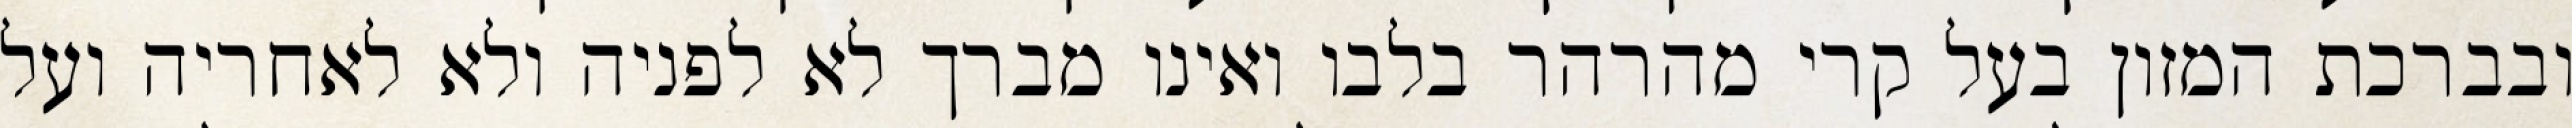
ובברכת המזון בעל קרי מהרהר בלבו ואינו מברך לא לפניה ולא לאחריה ועל